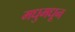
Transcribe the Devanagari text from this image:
मधुमधून